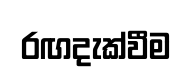
රඟදැක්වීම